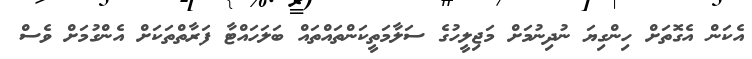
އެކަން އެގޮތަށް ހިންގިޔަ ނުދިނުމަށް މަޖިލީހުގެ ސަލާމަތީކަންތައްތައް ބަލަހައްޓާ ފަރާތްތަކަށް އެންގުމަށް ވެސް